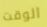
الوقت